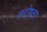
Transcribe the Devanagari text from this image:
सदोषता